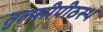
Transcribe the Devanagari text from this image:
तुलसीपीठस्थ